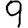
Digit: 9